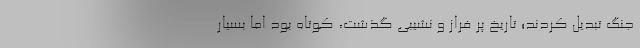
جنگ تبدیل کردند؛ تاریخ پر فراز و نشیبی گذشت، کوتاه بود اما بسیار